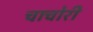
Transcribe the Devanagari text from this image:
चाचोरी